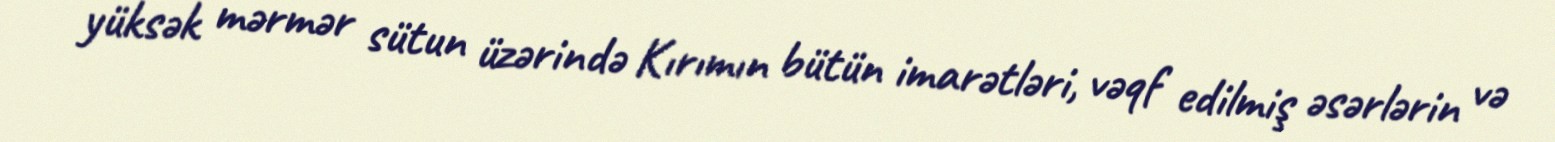
yüksək mərmər sütun üzərində Kırımın bütün imarətləri, vəqf edilmiş əsərlərin və